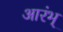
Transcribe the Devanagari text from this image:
आरंभ्